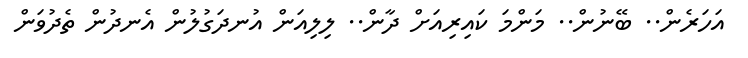
އަހަރެން.. ބޭނުން.. މަންމަ ކައިރިއަށް ދާން.. ލިލިއަން އުނދަގުލުން އެނދުން ތެދުވަން